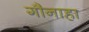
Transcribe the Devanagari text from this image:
गौनाहा